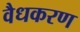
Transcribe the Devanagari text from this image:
वैधकरण